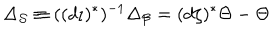
\Delta _ { \mathcal { S } } \equiv ( ( d \iota ) ^ { \ast } ) ^ { - 1 } \Delta _ { \mathcal { B } } = ( d \zeta ) ^ { \ast } \Theta - \Theta